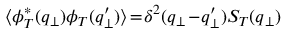
\langle \phi _ { T } ^ { * } ( { \boldsymbol { q } } _ { \perp } ) \phi _ { T } ( { \boldsymbol { q } } _ { \perp } ^ { \prime } ) \rangle \! = \! \delta ^ { 2 } ( { \boldsymbol { q } } _ { \perp } \! - \! { \boldsymbol { q } } _ { \perp } ^ { \prime } ) S _ { T } ( { \boldsymbol { q } } _ { \perp } )